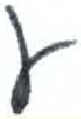
אות: ע